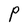
Character: P